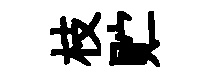
枝贮